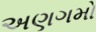
અણગમો